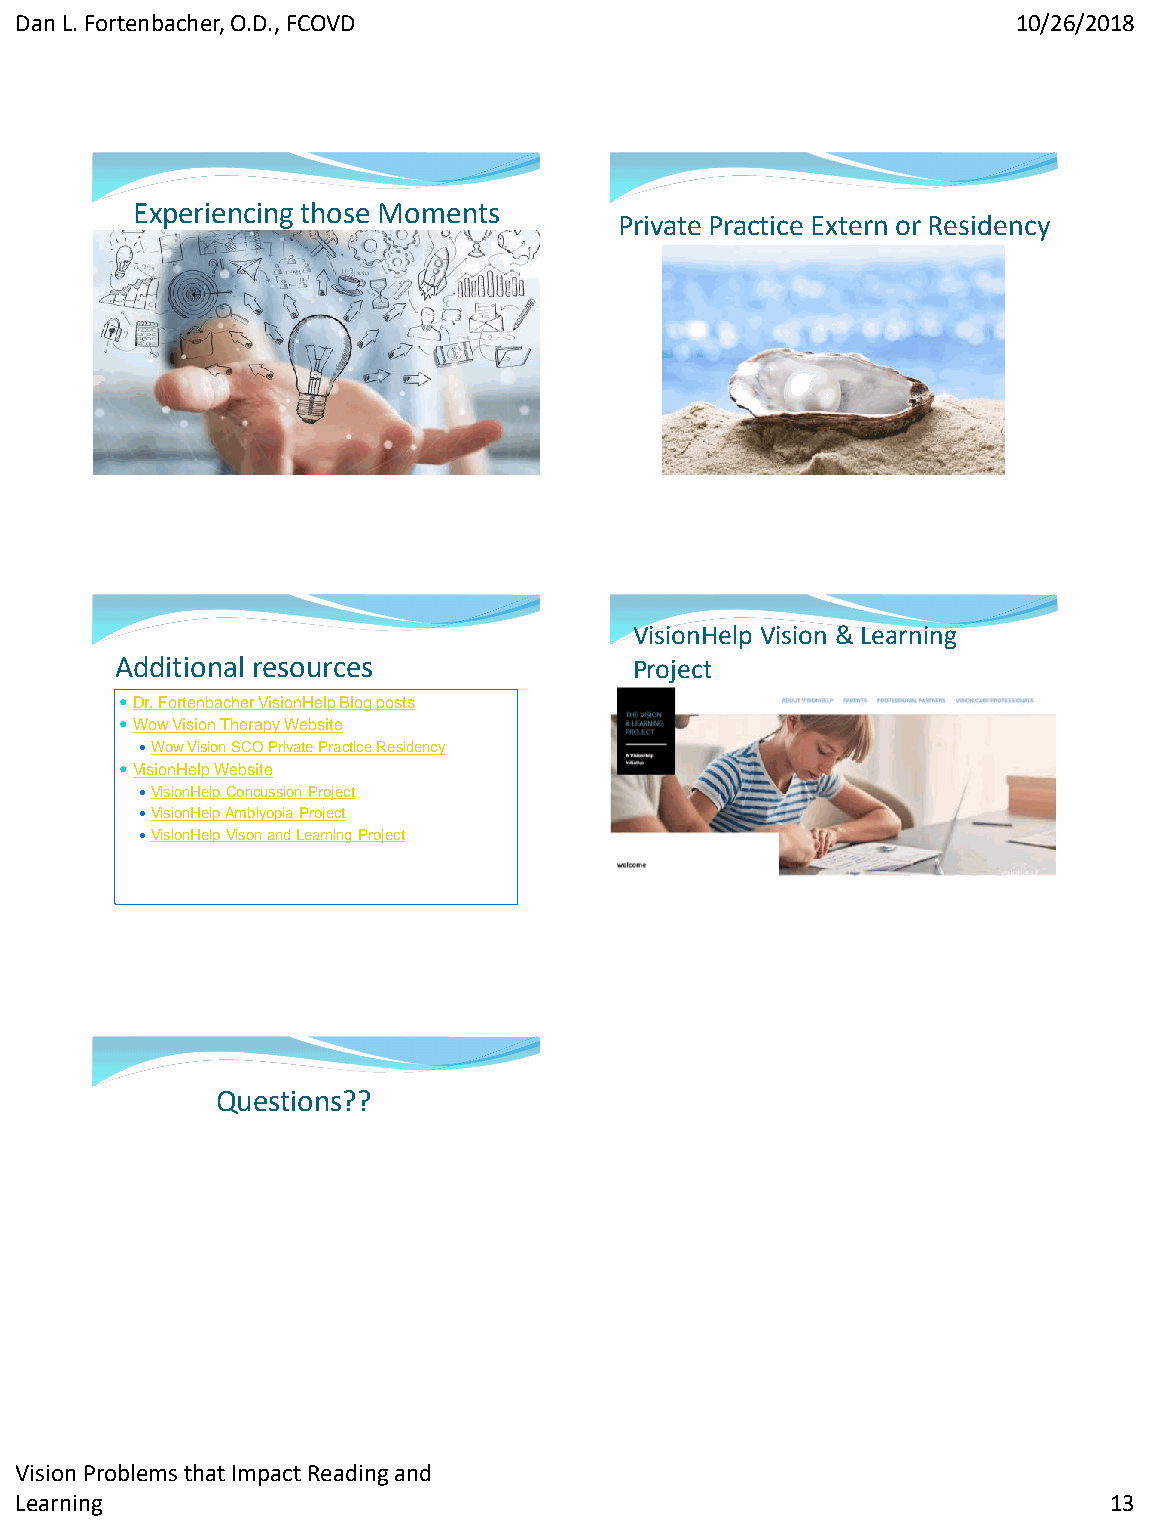
Dan L. Fortenbacher, O.D., FCOVD                                  10/26/2018
 Experiencing those Moments
 Private Practice Extern or Residency
 VisionHelp Vision & Learning
 Additional resources              Project
 Dr. Fortenbacher VisionHelp Blog posts
 Wow Vision Therapy Website
 Wow Vision SCO Private Practice Residency
 VisionHelp Website
 VisionHelp Concussion Project
 VisionHelp Amblyopia Project
 VisionHelp Vison and Learning Project
 Questions??
 Vision Problems that Impact Reading and
 Learning                                                                13